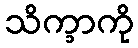
သိက္ခာကို